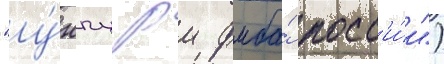
"у́нпц рм фмба́ росс'и́и")